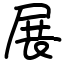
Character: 展